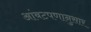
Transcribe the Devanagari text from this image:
आंबटपणानुसार